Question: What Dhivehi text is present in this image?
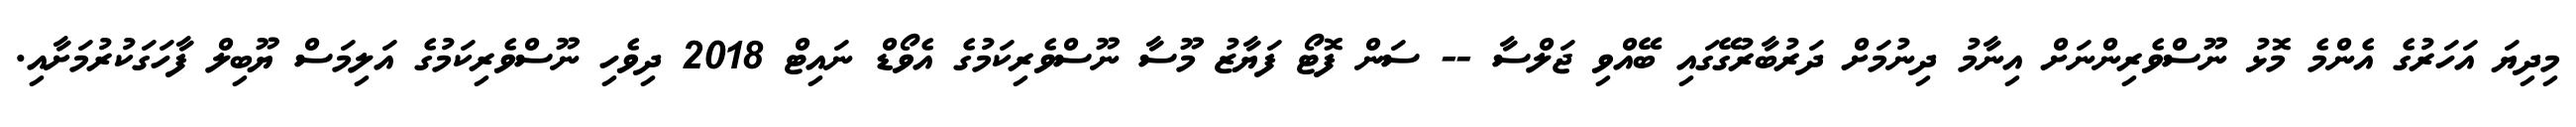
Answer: މިދިޔަ އަހަރުގެ އެންމެ މޮޅު ނޫސްވެރިންނަށް އިނާމު ދިނުމަށް ދަރުބާރުގޭގައި ބޭއްވި ޖަލްސާ -- ސަން ފޮޓޯ ފަޔާޒު މޫސާ ނޫސްވެރިކަމުގެ އެވޯޑް ނައިޓް 2018 ދިވެހި ނޫސްވެރިކަމުގެ އަލިމަސް ޔޫބިލް ފާހަގަކުރުމަށާއި.